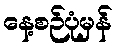
နေ့စဉ်ပုံမှန်